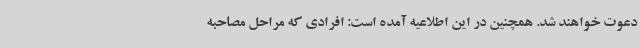
دعوت خواهند شد. همچنین در این اطلاعیه آمده است: افرادی که مراحل مصاحبه